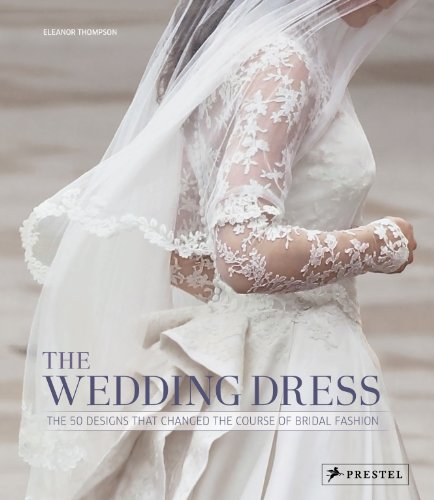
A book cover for The Wedding Dress: The 50 Designs that Changed the Course of Bridal Fashion; Eleanor Thompson; Crafts, Hobbies & Home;